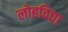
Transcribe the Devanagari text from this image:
लोहविद्या